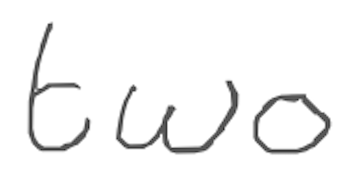
Text: two
Cross-out: clean
Writing tool: digital_gray